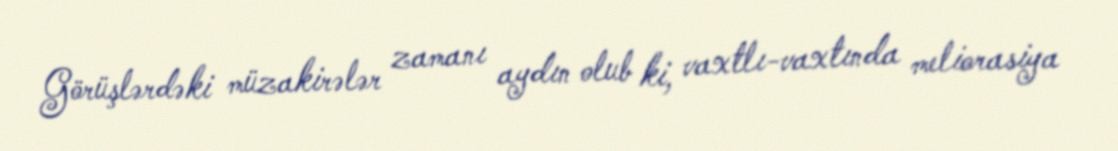
Görüşlərdəki müzakirələr zamanı aydın olub ki, vaxtlı-vaxtında meliorasiya